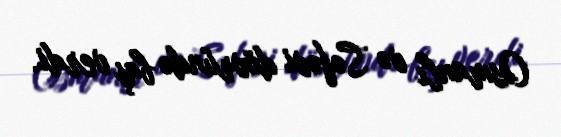
Osmanlı və Səfəvi dövründə baş verdi.